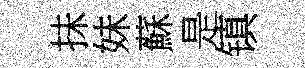
抺妹蘇是镇